Report of the King Institute of Preventive Medicine, Guindy
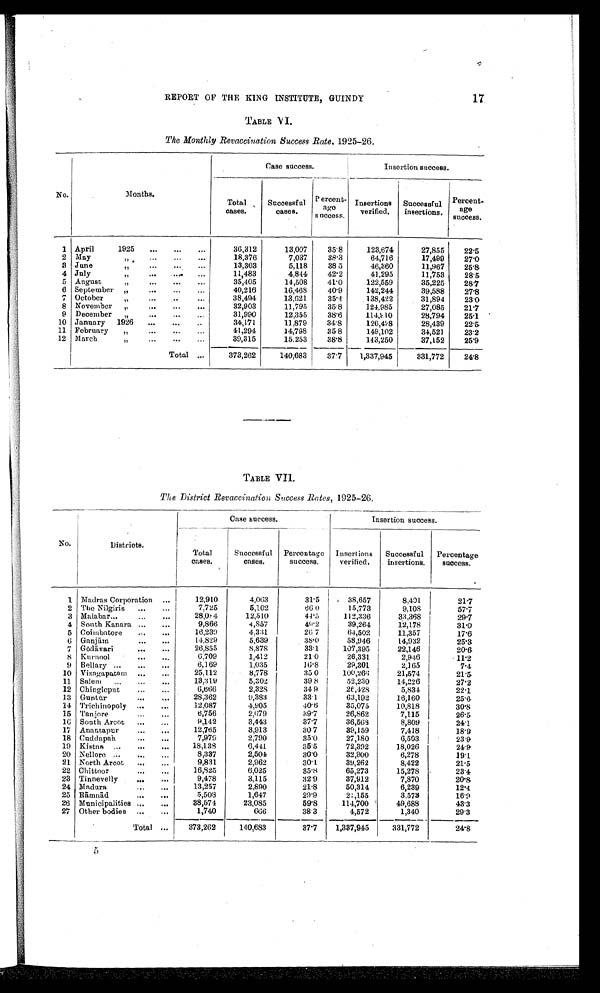
17.
REPORT OP THE KING INSTITUTE, GUINDY
TABLE VI.
The Monthly Revaccination Success Rate, 1925-26.
Case success.
Insertion success.
No.
Months.
Total
cases.
Successful
cases.
Percent-
age
success.
Insertions
verified.
Successful
insertions.
Percent-
age
success.
1 April
1925 . . .
36,312
13,007
35.8
123,674
27,855
22.5
38.3
7,037
64,716
17,499
18,376
2
May " . . .
27.0
3
June " . . .
13,303
5,118
38 5
46,360
11,967
25.8
4 July " . . .
11,483
4,844
42.2
41,295
11,753
28.5
122,559
35,225
28.7
35,405
14,508
5
August " . . .
41.0
6
September " . . .
40,216
16,468
40.9
142,244
39,588
27.8
7
October " . . .
38,494
13,621
35.4
138,422
31,894
23.0
8
November" . . .
3 2 , 9 0 3
11,795
35 8
124,985
27,085
21.7
9
December " . . .
31,990
12,355
38.6
114,910
28,794
25.1
10 January 1926 . . .
34,171
11,879
34.8
126,428
28,439
22.5
11
February " . . .
41,294
14,798
85 8
149,102
34,521
23.2
12
March " . . .
3 9 , 3 1 5
15,253
38.8
143,250
37,152
25.9
Total . . .
373,262
140,683
37.7
1,337,945
331,772
24.8
TABLE VII.
The District Revaccination Success Rates, 1925-26.
Case success.
Insertion success.
No.
Districts.
Total
cases.
Successful
cases.
Percentage
success.
Insertions
verified.
Successful
insertions.
Percentage
success.
1
Madras Corporation . . .
12,910
4,063
31.5
38,657
8,401
21.7
2
The Nilgiris . . .
7,725
5,102
6 6 0
15,773
9,108
57.7
28,084
12,510
44.5
112,336
33,368
29.7
3 Malabar . . .
4
South Kanara . . .
9,866
4,857
49.2
39,264
12,178
31.0
5
Coimbatore . . .
16,230
4,331
26 7
64,502
11,357
17.6
6
Ganjā m . . .
14,829
5,639
38.0
58,946
14,932
25.3
26,855
8,878
33.1
107,395
22,146
20.6
7
Gō dā vari . . .
8
Kurnool . . .
6,709
1,412
21.0
26,331
2,946
11.2
9
Bellary . . .
6,169
1,035
16.8
29,301
2,165
7.4
10
Vizagapatom . . .
25,112
8,778
35. 0
100,266
21,574
21.5
13,319
5,302
39. 8
52,230
14,226
27.2
11
Salem . . .
6,666
2,328
34 9
26,428
5,834
22.1
12
Chingleput . . .
28,362
9,383
33.1
63,192
16,160
25.6
13
Guntū r . . .
12,087
4,905
40.6
35,075
10,818
30.8
14
Trichinopoly . . .
6,756
2,679
39.7
26,862
7,115
26.5
15
Tanjore . . .
9,142
3,443
37.7
36,568
8,809
24.1
16
South Arcot . . .
12,765
3,913
30 7
39,159
7,418
18.9
17
Anantapur . . .
18
Cuddapah . . .
7,979
2,790
35.0
27,180
6,503
23.9
18,138
6,441
35.5
72,392
18,026
24.9
19 Kistna . . .
8,337
2,504
30.0
32,900
6,278
19.1
20
N e l l o r e . . .
21
North Arcot . . .
9,831
2,962
30.1
39,262
8,422
21.5
16,825
6,025
35.8
65,273
15,278
23.4
22
Chittoor . . .
23
Tinnevelly . . .
9,478
3,115
32.9
37,912
7,870
20.8
24
M a d u r a . . .
13,257
2,890
21.8
50,314
6,239
12.4
5,503
1,647
29.9
2,155
3.573
16.9
25
Rā mnā d . . .
38,574
23,085
59.8
114,700
49,688
43.3
26
Municipalities . . .
1,740
666
38.3
4,572
1,340
29.3
27
Other bodies . . .
Total . . .
373,262
140,683
37.7
1,337,945
331,772
24.8